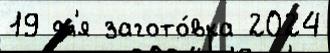
19 дл'я загото́вка 2024